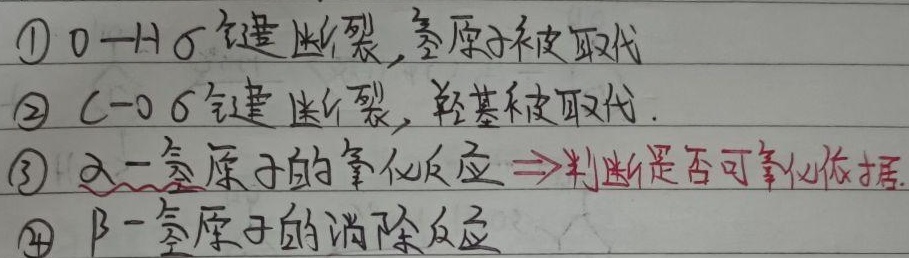
\textcircled{1} $\mathrm{O}-\mathrm{H}$ $\sigma$键断裂, 氢原子被取代
\textcircled{2} $\mathrm{C}-\mathrm{O}$ $\sigma$键断裂, 羟基被取代.
\textcircled{3} $\alpha$-氢原子的氧化反应$\Rightarrow$判断是否可氧化依据.
\textcircled{4} $\beta$-氢原子的消除反应